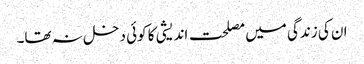
ان کی زندگی میں مصلحت اندیشی کا کوئی دخل نہ تھا۔